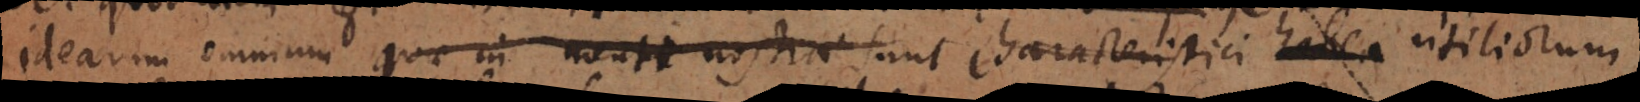
idearum omnium quae in mente nostra sunt characteristici habea utiliorum